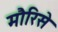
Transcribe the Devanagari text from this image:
मौरिसे